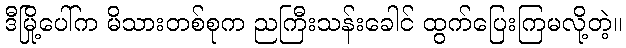
ဒီမြို့ပေါ်က မိသားတစ်စုက ညကြီးသန်းခေါင် ထွက်ပြေးကြမလို့တဲ့။